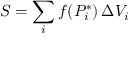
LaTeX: S = \sum _ { i } f ( P _ { i } ^ { * } ) \, \Delta V _ { i }